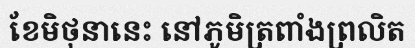
ខែមិថុនានេះ នៅភូមិត្រពាំងព្រលិត